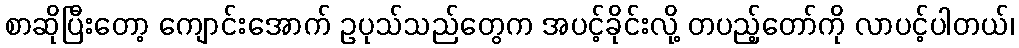
စာဆိုပြီးတော့ ကျောင်းအောက် ဥပုသ်သည်တွေက အပင့်ခိုင်းလို့ တပည့်တော်ကို လာပင့်ပါတယ်၊